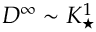
D ^ { \infty } \sim K _ { \star } ^ { 1 }